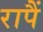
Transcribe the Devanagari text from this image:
रापैं